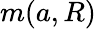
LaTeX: m({a},R)